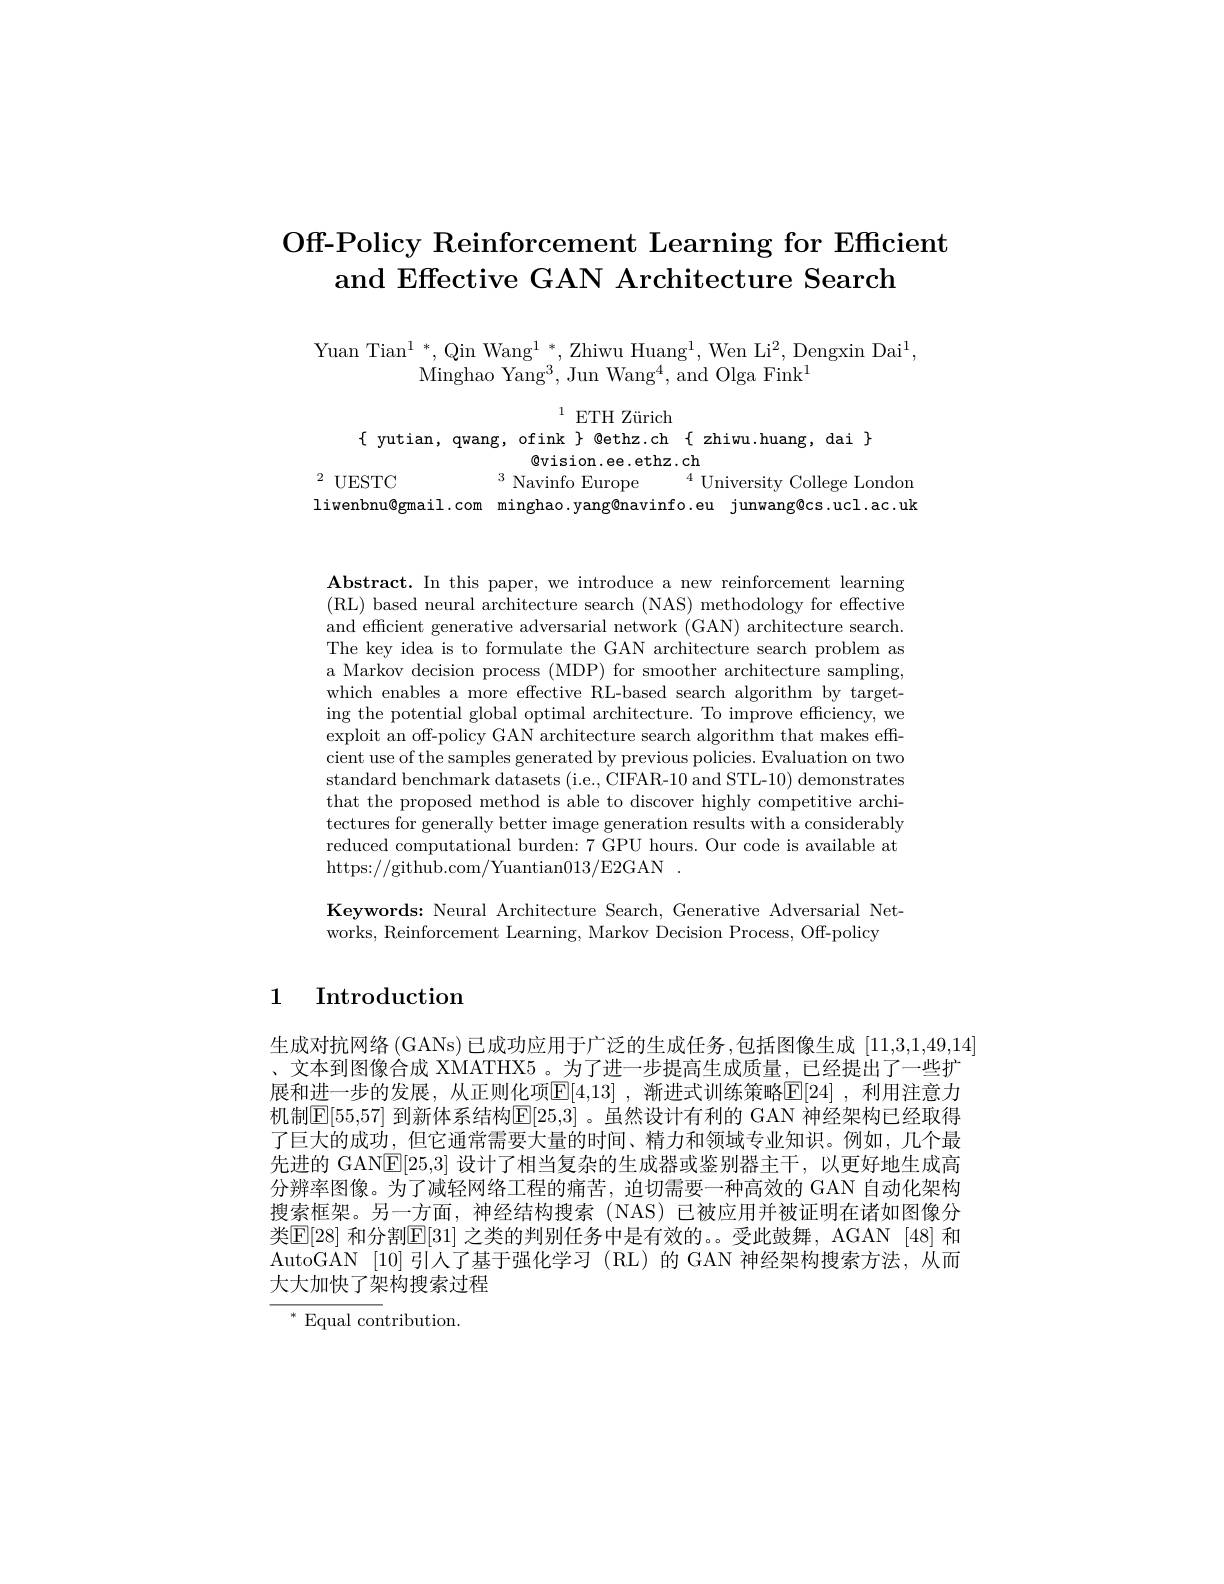
# Off-Policy Reinforcement Learning for Efficient and Effective GAN Architecture Search

Yuan Tian$^1*$,Qin Wang$^1*$,Zhiwu Huang$^1$,Wen Li$^2$,Dengxin Dai$^1$,
Minghao Yang$^3$,Jun Wang$^4$,and Olga Fink$^1$

$^{1}$ETH Zürich
$\{$ yutian, qwang, ofink $\}$ Qethz.ch{ zhiwu.huang, dai}$\}$
$\textcircled{\mathrm{vision.ee.ethz.ch}}$
$^{2}$UESTC
$^{3}$ Navinfo Europe$^{4}$ University College London
liwenbnu@gmail.com minghao.yang@navinfo.eu junwang@cs.ucl.ac.uk

Abstract. In this paper, we introduce a new reinforcement learning (RL) based neural architecture search (NAS) methodology for effective and efficient generative adversarial network (GAN) architecture search. The key idea is to formulate the GAN architecture search problem as a Markov decision process (MDP) for smoother architecture sampling, which enables a more effective RL-based search algorithm by targeting the potential global optimal architecture. To improve efficiency, we exploit an off-policy GAN architecture search algorithm that makes efficient use of the samples generated by previous policies. Evaluation on two standard benchmark datasets (i.e., CIFAR-10 and STL-10) demonstrates that the proposed method is able to discover highly competitive architectures for generally better image generation results with a considerably reduced computational burden: 7 GPU hours. Our code is available at https://github.com/Yuantian013/E2GAN.

Keywords: Neural Architecture Search, Generative Adversarial Net-
works, Reinforcement Learning, Markov Decision Process, Off-policy

1 Introduction

生成对抗网络 (GANs) 已成功应用于广泛的生成任务 ,包括图像生成 [11,3,1,49,14] 、文本到图像合成 XMATHX5。为了进一步提高生成质量，已经提出了一些扩展和进一步的发展，从正则化项$\boxed[4,13]$ ,渐进式训练策略$\boxed{\mathrm{E}}[24]$ ,利用注意力机制[E|55,57| 到新体系结构$\mathbb{E}|25,3|$ 。虽然设计有利的 GAN 神经架构已经取得了巨大的成功，但它通常需要大量的时间、精力和领域专业知识。例如，几个最先进的 GAN$\underline{\mathrm{E}}[25,3]$设计了相当复杂的生成器或鉴别器主干，以更好地生成高分辨率图像。为了减轻网络工程的痛苦，迫切需要一种高效的 GAN 自动化架构搜索框架。另一方面，神经结构搜索(NAS) 已被应用并被证明在诸如图像分类E[ 28] 和分割E[ 31] 之类的判别任务中是有效的。。受此鼓舞，AGAN [48] 和AutoGAN [10] 引人了基于强化学习 (RL)的 GAN 神经架构搜索方法，从而大大加快了架构搜索过程
$^*$ Equal contribution.